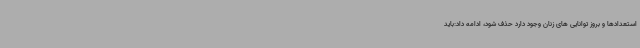
استعدادها و بروز توانایی های زنان وجود دارد حذف شود، ادامه داد:باید